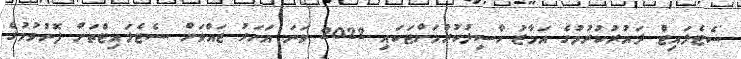
ސެޓެލައިޓް ދައުރުކުރުމުގެ އަމާޒު ހާސިލުކުރުމަށްޓަކައި 2022 ވަނަ އަހަރު ޖައްވަށް ސެޓެލައިޓްތަށް ފޮނުވުމުގެ